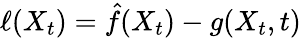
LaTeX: {\ell(X_{t})=\hat{f}(X_{t})-g(X_{t},t)}